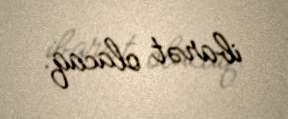
ibarət olacaq.